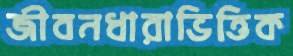
জীবনধারাভিত্তিক